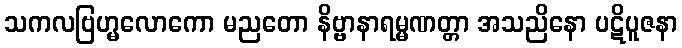
သကလဗြဟ္မလောကော မညတော နိဗ္ဗာနာရမ္မဏတ္တာ အသညိနော ပဋိပူဇနာ